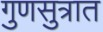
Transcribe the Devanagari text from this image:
गुणसुत्रात